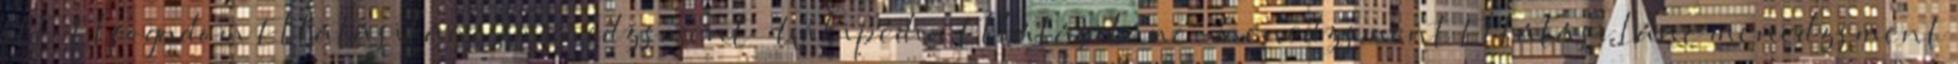
itt. Elfogadom Ellátásilánc-menedzsment – Wikipédia Ellátásilánc-menedzsment Ellátási lánc menedzsment